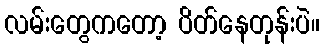
လမ်းတွေကတော့ ပိတ်နေတုန်းပဲ။